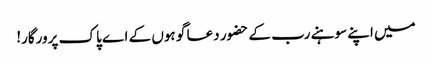
میں اپنے سوہنے رب کے حضور دعا گو ہوں کے اے پاک پرورگار!